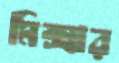
মিক্সার